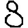
Digit: 8